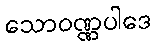
သောဝဏ္ဏပါဒေ